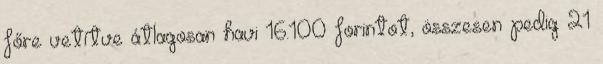
főre vetítve átlagosan havi 16.100 forintot, összesen pedig 21